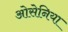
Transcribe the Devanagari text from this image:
ओसेनिया